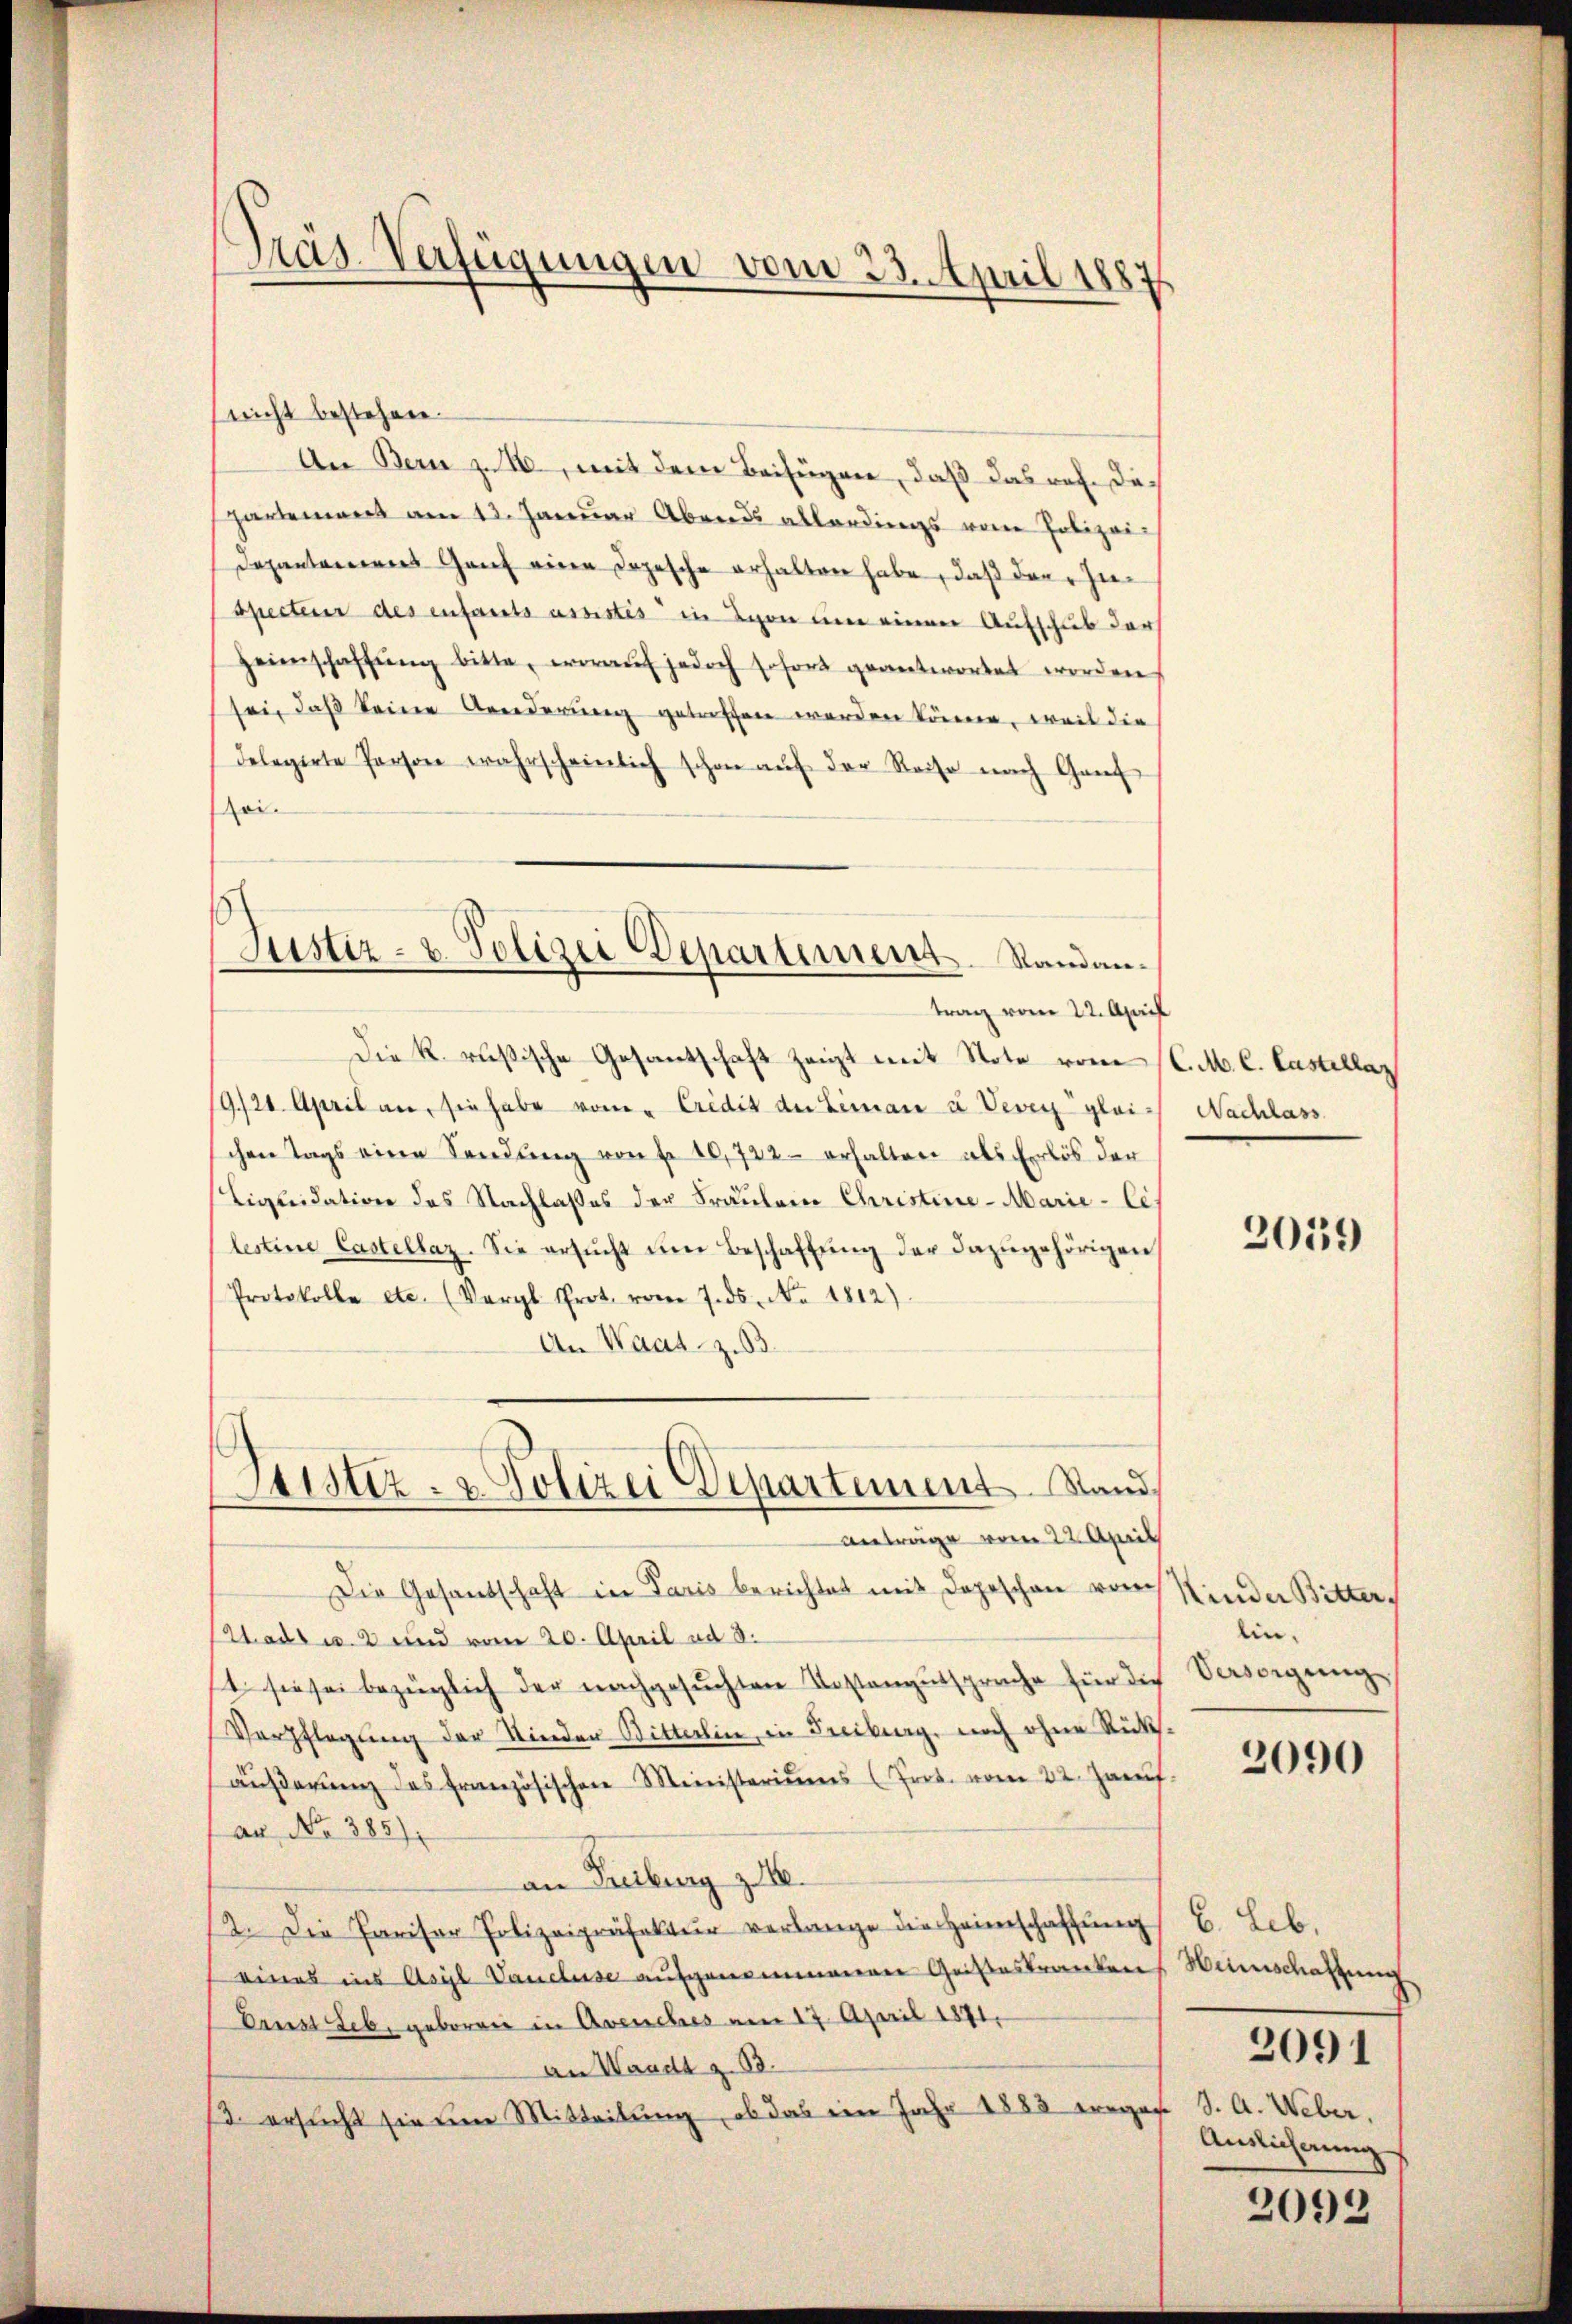
Präs. Verfügungen vom 23. April 188.

(nicht bestehen.
An Bern zu 16, mit dem Beifügen, daß das ref. Doch
partement am 13. Januar Abends allerdings von Polizei¬
Dapontaniens Genf eine Depesche erhalten habe, daß der Inspecten des enfants assistis in Lyon um einen Aufschub der
Heimschaffŭng bitte, woraŭf jedoch sofort geantwortet worden,
sei, daß keine Aenderung getreffen werden könne, weil die
delegirte Person wahrscheinlich schon aŭf der Reise nach Gant
ei
Die k. rusische Gesantschaft zeigt mit Note vom (C. M. C. Castellaz
19/20. April an, sie habe vom " Credit der Liman u Vevey gleich Nachlass
chen Tags eine Sendŭng von fr. 10,722- erhalten als Erlös der
Ligleidation des Nachlasses der Fräulein Christine-Marie-Cis
lestine Castellaz. Sie ersŭcht um Beschaftung der dazugehörigen
Protokolle etc. (Vergl. Prot. vom 7. ds. No. 1812).
An Waatz. 3.
Leister- & Polizei Departement. Stand,
Anträge vom 22. April
Die Gesandschaft in Paris berichtet mit Depeschon vor
Stadt u. 2 und vom 20. April ad 3.
1. sie sei bezüglich der nachgesuchten Kostengutspreche für die
Verpflegung der Kinder Bitterlin, in Freiburg, noch ohne Rückäußerung des Französischen Ministeriums (Prok. vom 22. Hanf
an No 385)
an Freiburg z.
2. Die Pariser Polizeipräfektur verlange die Heimschaffung C. Leb
eines ins Asyl Vancluse aufgenommenen Geisteskranken Weinschaftung
Ernst Seb. geboren in Avenches am 17. April 1871.
An Waadt z. 13.
/3. ersŭcht sie um Mitteilung, ob das im Jahr 1883 eregen S. A. Weber,

Justiz- u. Polizei Departement. Standantrag vom 22. April

2059

Kinder Bitter.
lin.
Versorgung

2090

2091
Auslicherung

2092